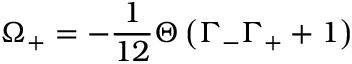
\Omega _ { + } = - { \frac { 1 } { 1 2 } } \Theta \left( \Gamma _ { - } \Gamma _ { + } + 1 \right)